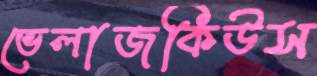
ভেলাজকিউস